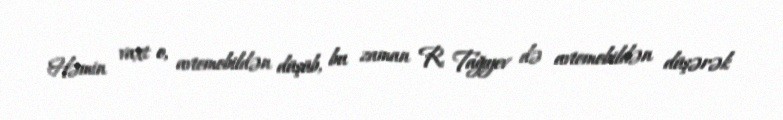
Həmin vaxt o, avtomobildən düşüb, bu zaman R. Tağıyev də avtomobildən düşərək